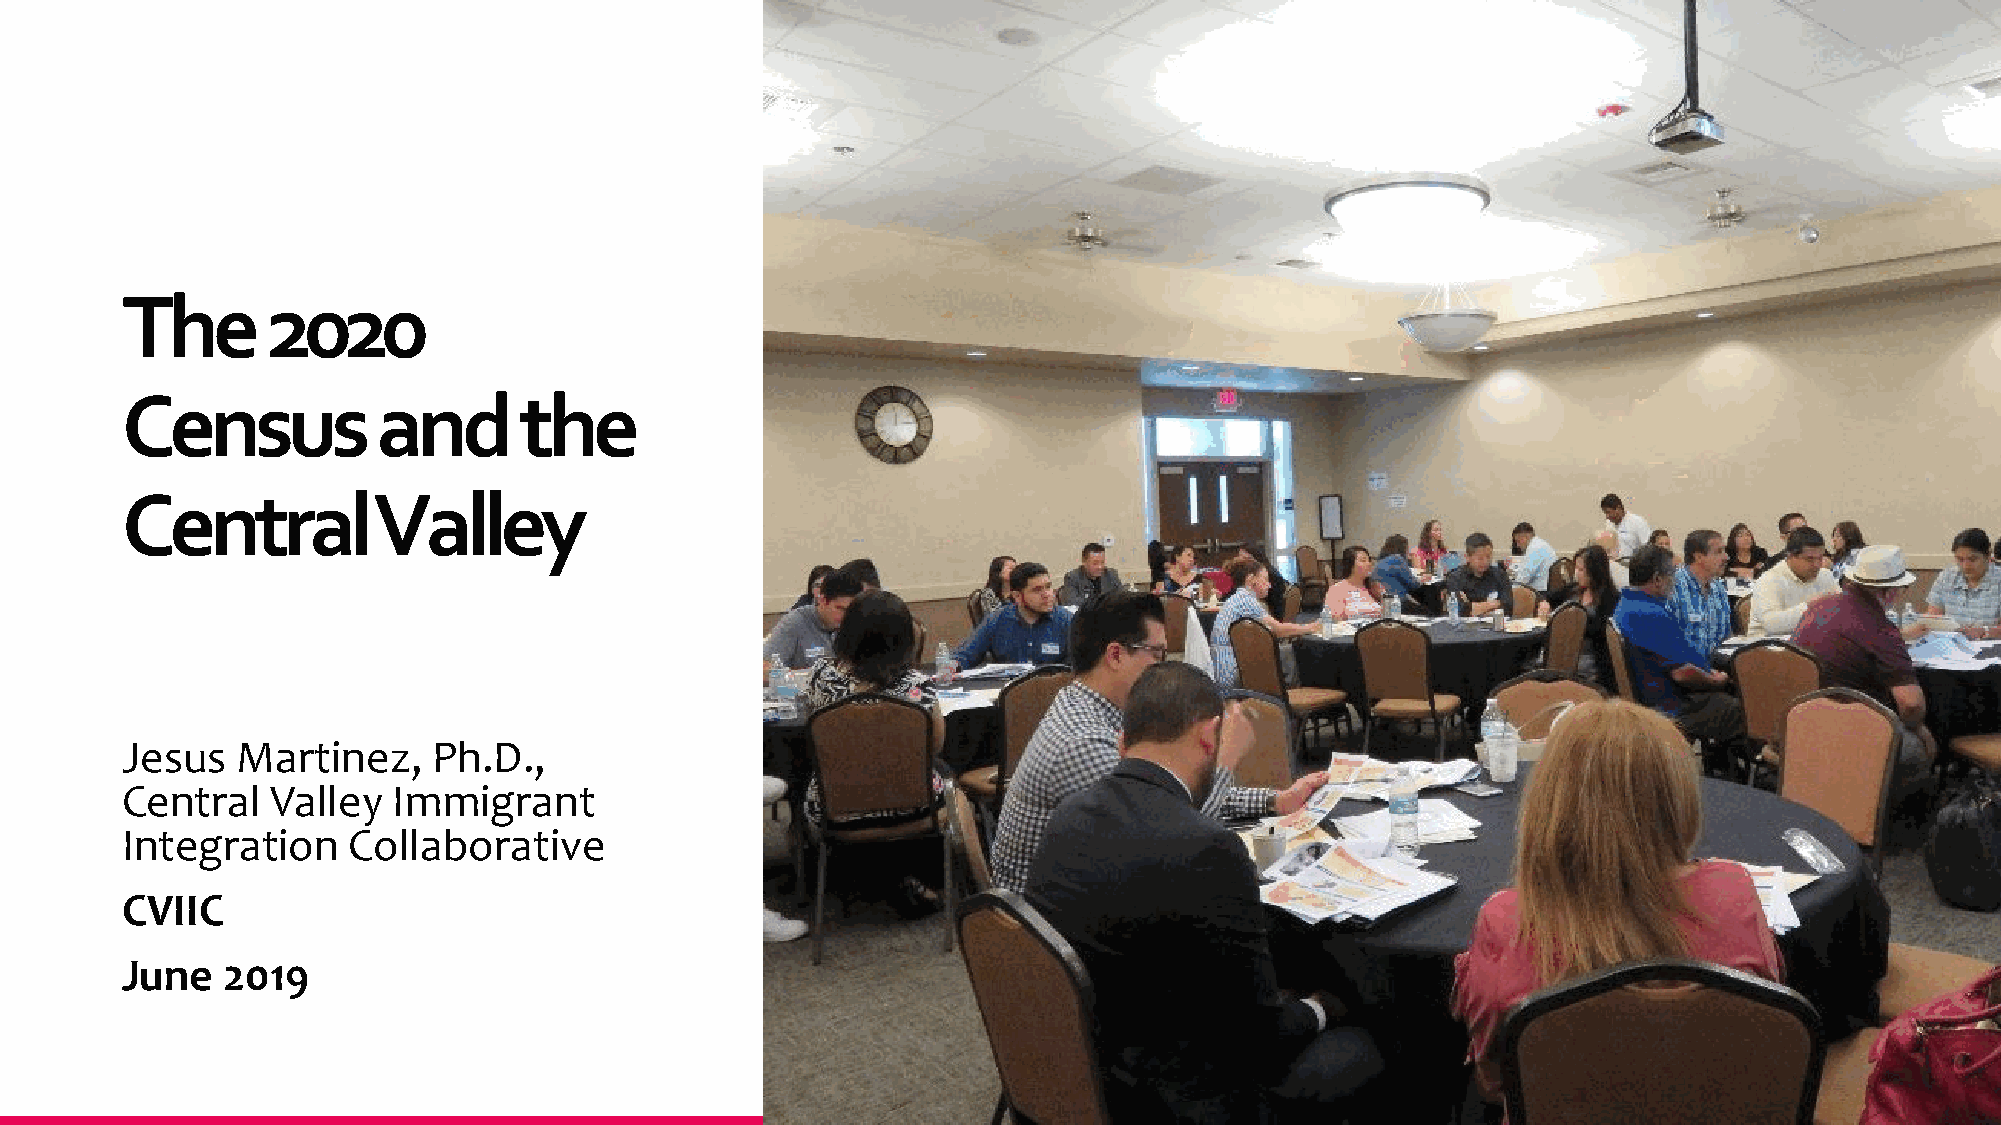
The       2020
 Census           and      the
 Central          Valley
 Jesus   Martinez,    Ph.D.,
 Central   Valley  Immigrant
 Integration    Collaborative
 CVIIC
 June   2019